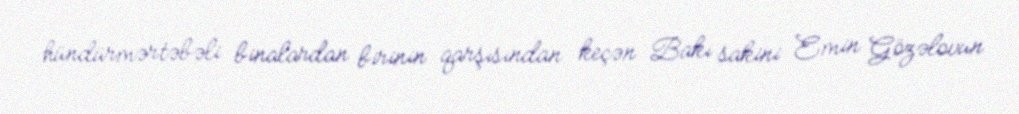
hündürmərtəbəli binalardan birinin qarşısından keçən Bakı sakini Emin Gözəlovun